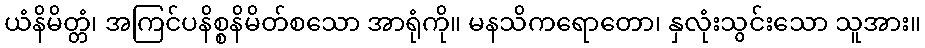
ယံနိမိတ္တံ၊ အကြင်ပနိစ္စနိမိတ်စသော အာရုံကို။ မနသိကရောတော၊ နှလုံးသွင်းသော သူအား။